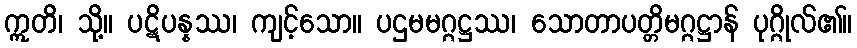
ဣတိ၊ သို့။ ပဋိပန္နဿ၊ ကျင့်သော။ ပဌမမဂ္ဂဋ္ဌဿ၊ သောတာပတ္တိမဂ္ဂဋ္ဌာန် ပုဂ္ဂိုလ်၏။